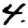
Digit: 4